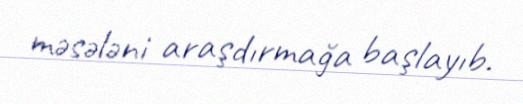
məsələni araşdırmağa başlayıb.